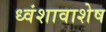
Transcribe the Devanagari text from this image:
ध्वंशावाशेष